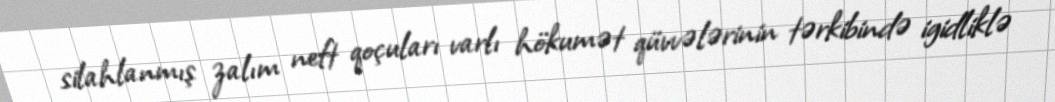
silahlanmış zalım neft qoçuları varlı hökumət qüvvələrinin tərkibində igidliklə